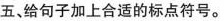
五、给句子加上合适的标点符号。